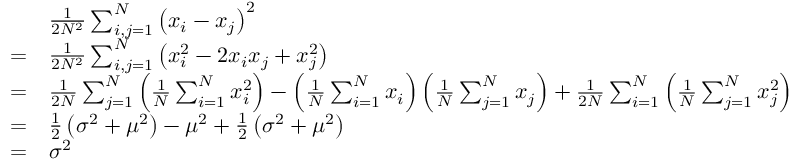
{ \begin{array} { r l } & { { \frac { 1 } { 2 N ^ { 2 } } } \sum _ { i , j = 1 } ^ { N } \left( x _ { i } - x _ { j } \right) ^ { 2 } } \\ { = } & { { \frac { 1 } { 2 N ^ { 2 } } } \sum _ { i , j = 1 } ^ { N } \left( x _ { i } ^ { 2 } - 2 x _ { i } x _ { j } + x _ { j } ^ { 2 } \right) } \\ { = } & { { \frac { 1 } { 2 N } } \sum _ { j = 1 } ^ { N } \left( { \frac { 1 } { N } } \sum _ { i = 1 } ^ { N } x _ { i } ^ { 2 } \right) - \left( { \frac { 1 } { N } } \sum _ { i = 1 } ^ { N } x _ { i } \right) \left( { \frac { 1 } { N } } \sum _ { j = 1 } ^ { N } x _ { j } \right) + { \frac { 1 } { 2 N } } \sum _ { i = 1 } ^ { N } \left( { \frac { 1 } { N } } \sum _ { j = 1 } ^ { N } x _ { j } ^ { 2 } \right) } \\ { = } & { { \frac { 1 } { 2 } } \left( \sigma ^ { 2 } + \mu ^ { 2 } \right) - \mu ^ { 2 } + { \frac { 1 } { 2 } } \left( \sigma ^ { 2 } + \mu ^ { 2 } \right) } \\ { = } & { \sigma ^ { 2 } } \end{array} }